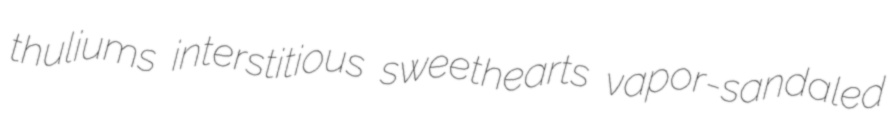
thuliums interstitious sweethearts vapor-sandaled